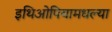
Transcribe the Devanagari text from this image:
इथिओपियामधल्या